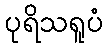
ပုရိသရူပံ